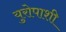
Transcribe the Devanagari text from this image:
युरोपाशी